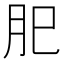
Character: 𦘺